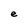
Character: e